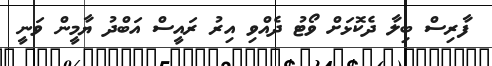
ފާރިސް ބިލާ ދެކޮޅަށް ވޯޓު ދެއްވި އިރު ރައީސް އަބްދު ޔާމީން ވަނީ